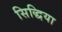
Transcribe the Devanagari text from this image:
सिद्धिया